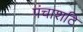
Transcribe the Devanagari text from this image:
पंचाशटि